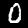
Digit: 0